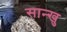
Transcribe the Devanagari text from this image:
सान्खु